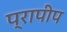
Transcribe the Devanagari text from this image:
प्रापीप